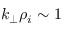
k _ { \perp } \rho _ { i } \sim 1